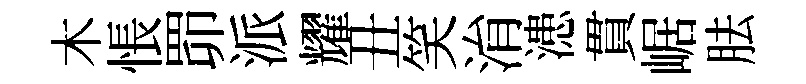
木悵𦊑派耀丑笑㳙漶貫崌胠